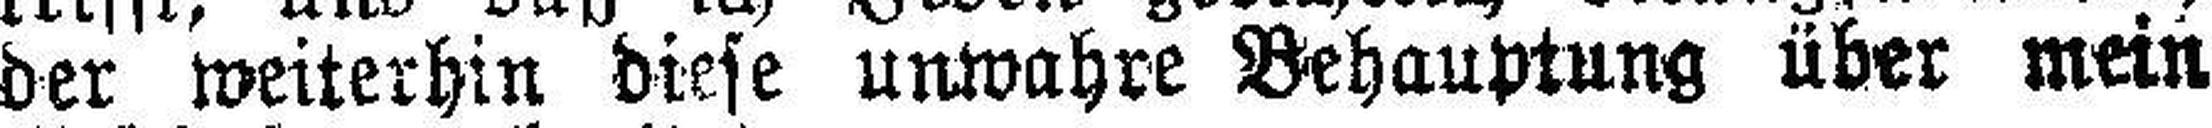
der weiterhin diese unwahre Behauptung über mein